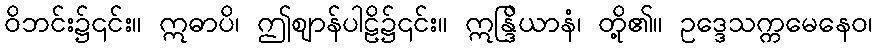
ဝိဘင်း၌၎င်း။ ဣဓာပိ၊ ဤဈာန်ပါဠိ၌၎င်း။ ဣန္ဒြိယာနံ၊ တို့၏။ ဥဒ္ဒေသက္ကမေနေဝ၊